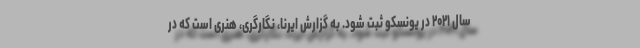
سال ۲۰۲۱ در یونسکو ثبت شود. به گزارش ایرنا، نگارگری، هنری است که در